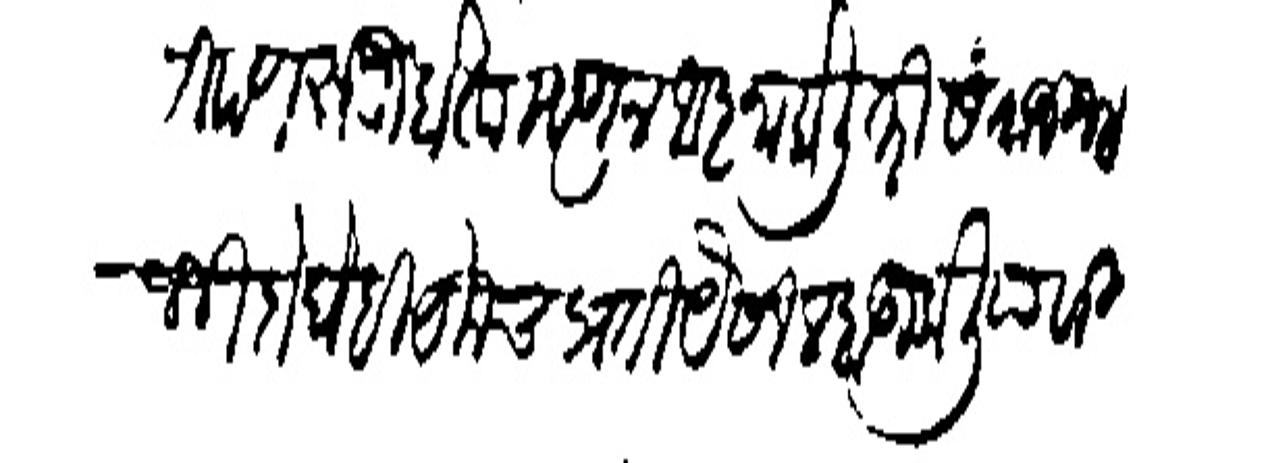
Transliteration (Devanagari): पण रुजू होता म्हणून आज्ञा केली तरी संताजी भोजजी दोधेही येकच प्रती यंसी लबाडी केली यावरी